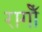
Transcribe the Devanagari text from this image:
रागोँ